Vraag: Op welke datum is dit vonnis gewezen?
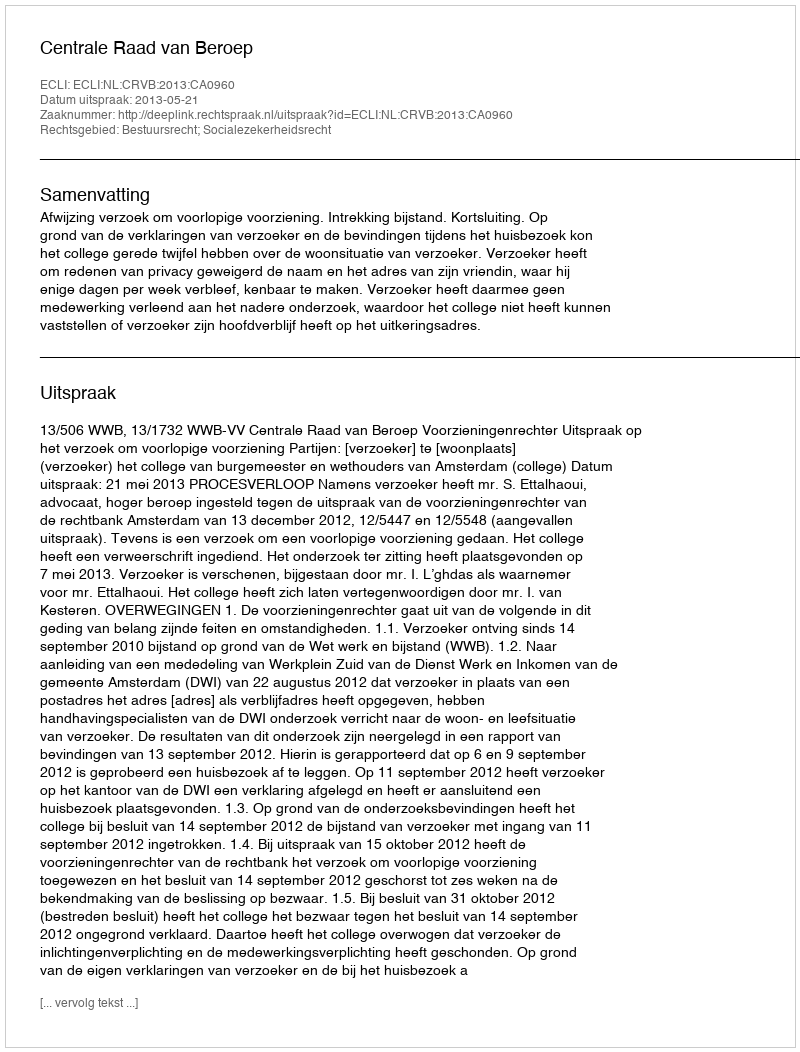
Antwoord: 2013-05-21